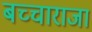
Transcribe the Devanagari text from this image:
बच्‍चाराजा